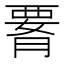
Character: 𦝫